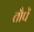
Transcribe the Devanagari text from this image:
तौपें